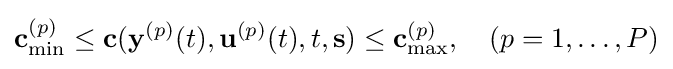
\mathbf {c} _{\min }^{(p)}\leq \mathbf {c} (\mathbf {y} ^{(p)}(t),\mathbf {u} ^{(p)}(t),t,\mathbf {s} )\leq \mathbf {c} _{\max }^{(p)},\quad (p=1,\ldots ,P)